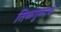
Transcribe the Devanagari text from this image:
तिळगुळाचे